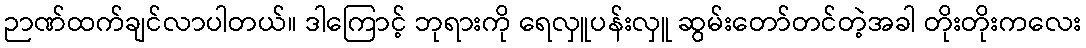
ဉာဏ်ထက်ချင်လာပါတယ်။ ဒါကြောင့် ဘုရားကို ရေလှူပန်းလှူ ဆွမ်းတော်တင်တဲ့အခါ တိုးတိုးကလေး